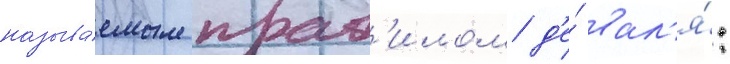
называ́емым прав'илом д'е́ вал'я́: